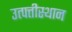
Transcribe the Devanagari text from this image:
उत्पत्तीस्थान